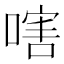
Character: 嗐